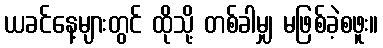
ယခင်နေ့များတွင် ထိုသို့ တစ်ခါမျှ မဖြစ်ခဲ့စဖူး။